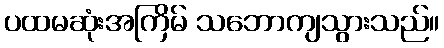
ပထမဆုံးအကြိမ် သဘောကျသွားသည်။